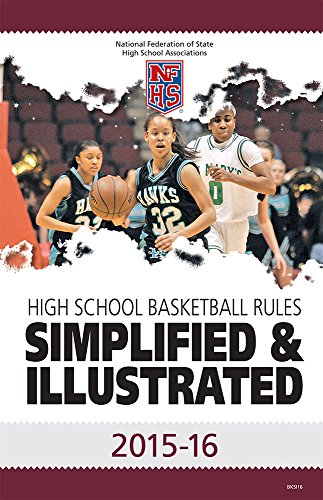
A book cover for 2015-16 NFHS Basketball Rules Simplified & Illustrated; National Federation of State High School Associations (NFHS); Sports & Outdoors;